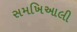
સમખિઆલી